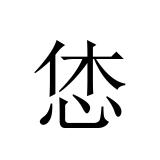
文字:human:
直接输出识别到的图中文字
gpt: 恷